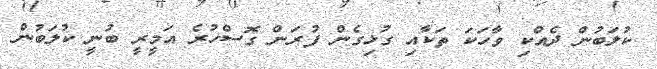
ކުލަބުން ދެއްކި ވާހަކަ ތަކާއި ގުޅިގެން ފުރަން ގޮސްހުރެ އަމީރީ ބުނީ ކުލަބުން